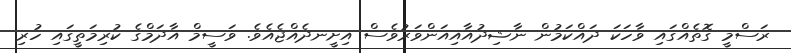
ރަސްމީ ގޮތެއްގައި ވާހަކަ ދައްކަމުން ނާޝިދުއާއިއަންވަރުވެސް އިށީނދެއްޖެއެވެ. ވަސީމް އާދަމްގެ ކުރިމަތީގައި ހުރި